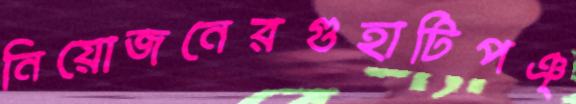
নিয়োজনেরগুহাটিপঞ্